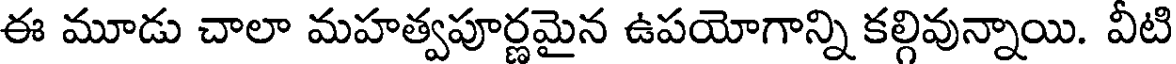
ఈ మూడు చాలా మహత్వపూర్ణమైన ఉపయోగాన్ని కల్గివున్నాయి. వీటి